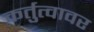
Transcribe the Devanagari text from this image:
कर्तुत्वावर